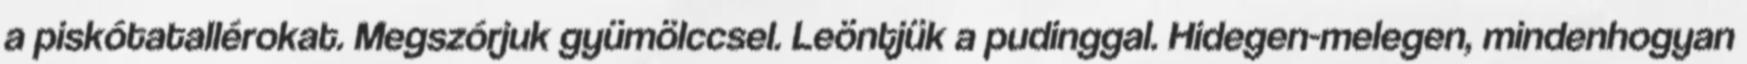
a piskótatallérokat. Megszórjuk gyümölccsel. Leöntjük a pudinggal. Hidegen-melegen, mindenhogyan